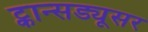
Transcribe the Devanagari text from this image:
ट्कान्सड्यूसर